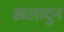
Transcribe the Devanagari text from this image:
खलादुन